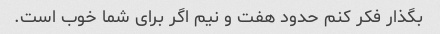
بگذار فکر کنم حدود هفت و نیم اگر برای شما خوب است.